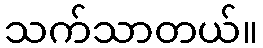
သက်သာတယ်။